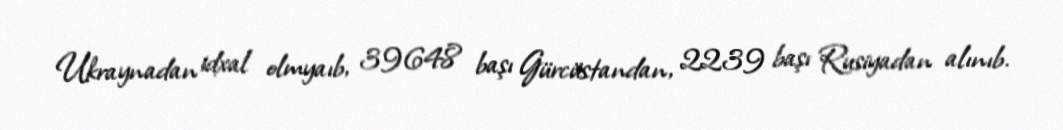
Ukraynadan idxal olmyaıb, 39648 başı Gürcüstandan, 2239 başı Rusiyadan alınıb.